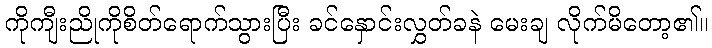
ကိုကျီးညိုကိုစိတ်ရောက်သွားပြီး ခင်နှောင်းလွှတ်ခနဲ မေးချ လိုက်မိတော့၏။